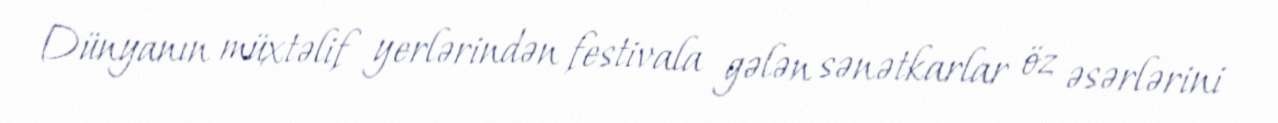
Dünyanın müxtəlif yerlərindən festivala gələn sənətkarlar öz əsərlərini